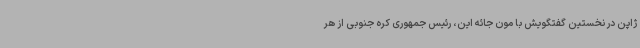
ژاپن در نخستین گفتگویش با مون جائه این، رئیس جمهوری کره جنوبی از هر